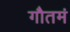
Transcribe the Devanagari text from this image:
गौतमं